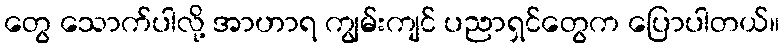
တွေ သောက်ပါလို့ အာဟာရ ကျွမ်းကျင် ပညာရှင်တွေက ပြောပါတယ်။